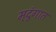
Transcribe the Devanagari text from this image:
मृदुंगात